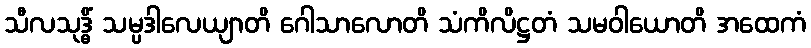
သီလသုဒ္ဓိံ သမ္ပဒါလေယျာတိ ဂေါသာလောတိ သံကိလိဋ္ဌတံ သမဝါယောတိ အထေကံ